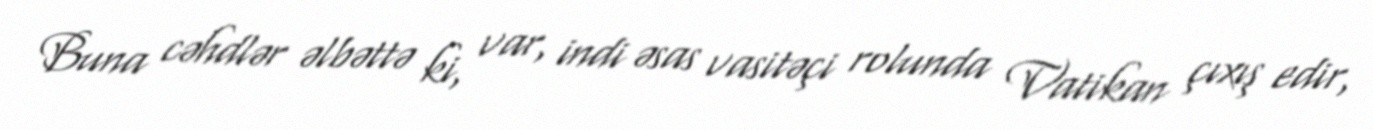
Buna cəhdlər əlbəttə ki, var, indi əsas vasitəçi rolunda Vatikan çıxış edir,